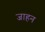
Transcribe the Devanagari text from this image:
जाहन